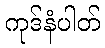
ကုဒ်နံပါတ်